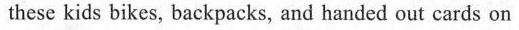
these kids bikes, backpacks, and handed out cards on